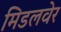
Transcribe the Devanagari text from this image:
मिडलवेर